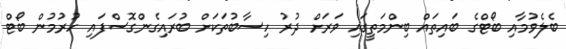
ބެލެވުމާއި ބޯޓްގެ ބައިތައް ބިންމަތީގައި ވަރަށް ދުރު ހިސާބުތަކަށް ބުރައިގެންގޮސްފައި ހުރުމުން ބޯޓް